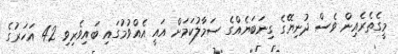
މީގެތެެރެއިން ވެސް ދުނިޔޭގެ ގިނަބަޔެއްގެ ސަމާލުކަމަށް އައީ އެއްވުމުގައި ބައިވެރިވި 42 އަހަރުގެ